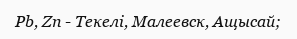
Pb, Zn - Текелі, Малеевск, Ащысай;